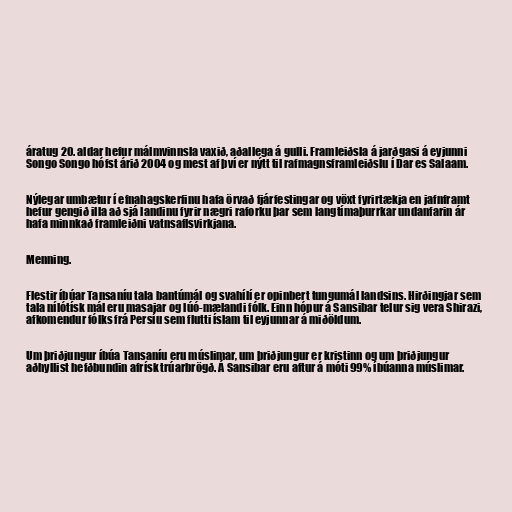
áratug 20. aldar hefur málmvinnsla vaxið, aðallega á gulli. Framleiðsla á jarðgasi á eyjunni
Songo Songo hófst árið 2004 og mest af því er nýtt til rafmagnsframleiðslu í Dar es Salaam.

Nýlegar umbætur í efnahagskerfinu hafa örvað fjárfestingar og vöxt fyrirtækja en jafnframt
hefur gengið illa að sjá landinu fyrir nægri raforku þar sem langtímaþurrkar undanfarin ár
hafa minnkað framleiðni vatnsaflsvirkjana.

Menning.

Flestir íbúar Tansaníu tala bantúmál og svahílí er opinbert tungumál landsins. Hirðingjar sem
tala nílótísk mál eru masajar og lúó-mælandi fólk. Einn hópur á Sansibar telur sig vera Shirazi,
afkomendur fólks frá Persíu sem flutti íslam til eyjunnar á miðöldum.

Um þriðjungur íbúa Tansaníu eru múslimar, um þriðjungur er kristinn og um þriðjungur
aðhyllist hefðbundin afrísk trúarbrögð. Á Sansibar eru aftur á móti 99% íbúanna múslimar.